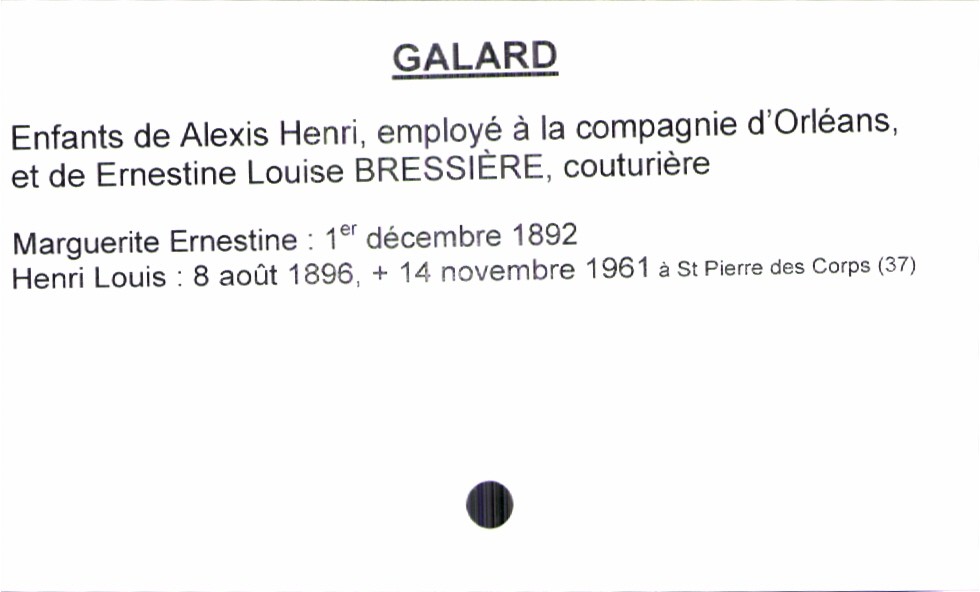
type_acte: Baptême
filiation: fils
enfant_prénom: Henri Louis
enfant_date_de_naissance: 8 août 1896
enfant_date_de_décès: 14 novembre 1961
enfant_lieu_de_décès: Saint Pierre des Corps (37)
père_enfant_nom: Galard
père_enfant_prénom: Alexis Henri
père_enfant_profession: employé à la compagnie d'Orléans
mère_enfant_nom: Bressière
mère_enfant_prénom: Ernestine Louise
mère_enfant_profession: couturière